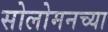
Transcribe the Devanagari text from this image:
सोलोमनच्या